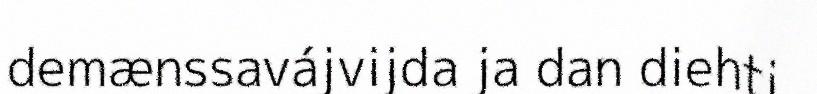
demænssavájvijda ja dan diehti